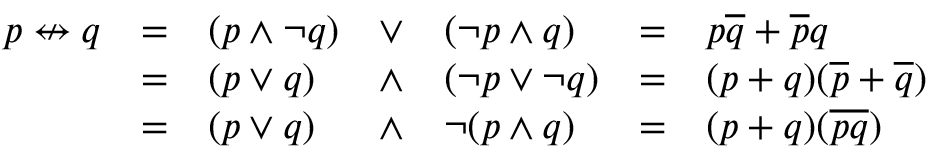
{ \begin{array} { l l l l l l l } { p \nleftrightarrow q } & { = } & { ( p \land \lnot q ) } & { \lor } & { ( \lnot p \land q ) } & { = } & { p { \overline { { q } } } + { \overline { { p } } } q } \\ & { = } & { ( p \lor q ) } & { \land } & { ( \lnot p \lor \lnot q ) } & { = } & { ( p + q ) ( { \overline { { p } } } + { \overline { { q } } } ) } \\ & { = } & { ( p \lor q ) } & { \land } & { \lnot ( p \land q ) } & { = } & { ( p + q ) ( { \overline { { p q } } } ) } \end{array} }